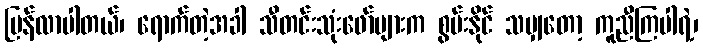
ပြန်လာပါတယ်၊ ရောက်တဲ့အခါ သီတင်းသုံးဖော်များက စွမ်းနိုင် သမျှတော့ ကူညီကြပါရဲ့၊